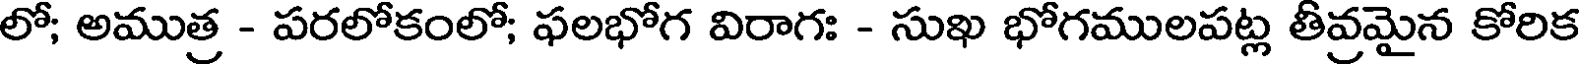
లో; అముత్ర - పరలోకంలో; ఫలభోగ విరాగః - సుఖ భోగములపట్ల తీవ్రమైన కోరిక